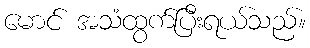
မောင် အသံထွက်ပြီးရယ်သည်။